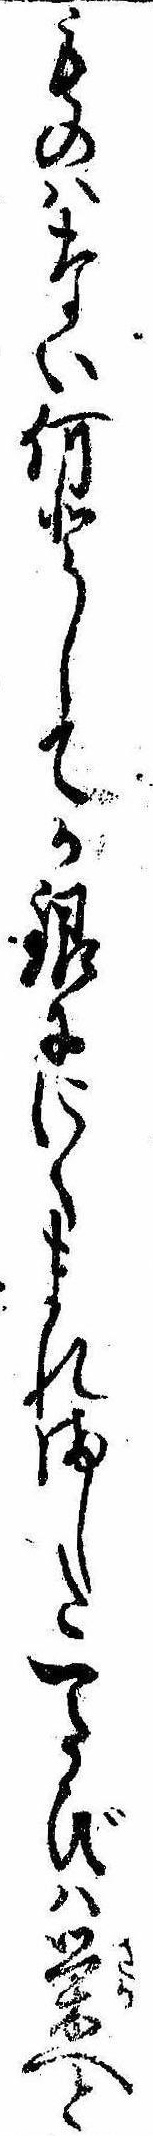
ものはない何としてか銀ににくまれました一たびは栄へと